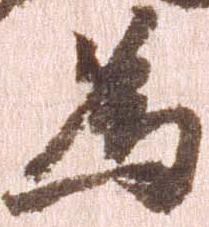
為